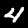
Digit: 4